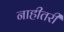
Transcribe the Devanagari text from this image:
नाहीतरी